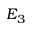
E _ { 3 }